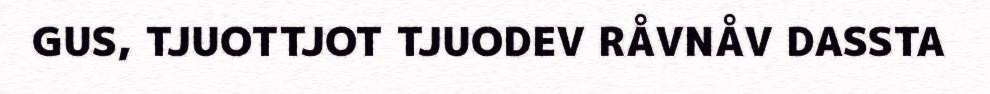
GUS, TJUOTTJOT TJUODEV RÅVNÅV DASSTA